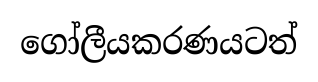
ගෝලීයකරණයටත්